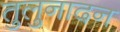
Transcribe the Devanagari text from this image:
तुलुनादन